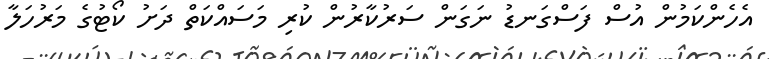
އެހެންކަމުން އުސް ފަސްގަނޑު ނަގަން ސަރުކާރުން ކުރި މަސައްކަތް ދަށު ކޯޓުގެ މަރުހަލާ